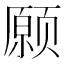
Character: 𫖸